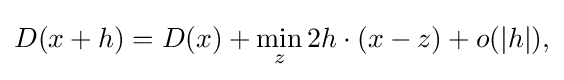
\displaystyle {D(x+h)=D(x)+\min _{z}2h\cdot (x-z)+o(|h|),}